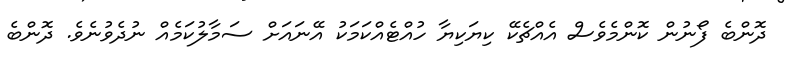
ދޮންބެ ފޯނުން ކޮންމެވެސް އެއްޗެކޭ ކިޔަކިޔާ ހުއްޓެއްކަމަކު އޭނައަށް ސަމާލުކަމެއް ނުދެވުނެވެ. ދޮންބެ